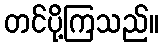
တင်ပို့ကြသည်။